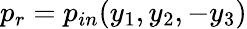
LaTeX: p_{r}=p_{in}(y_{1},y_{2},-y_{3})